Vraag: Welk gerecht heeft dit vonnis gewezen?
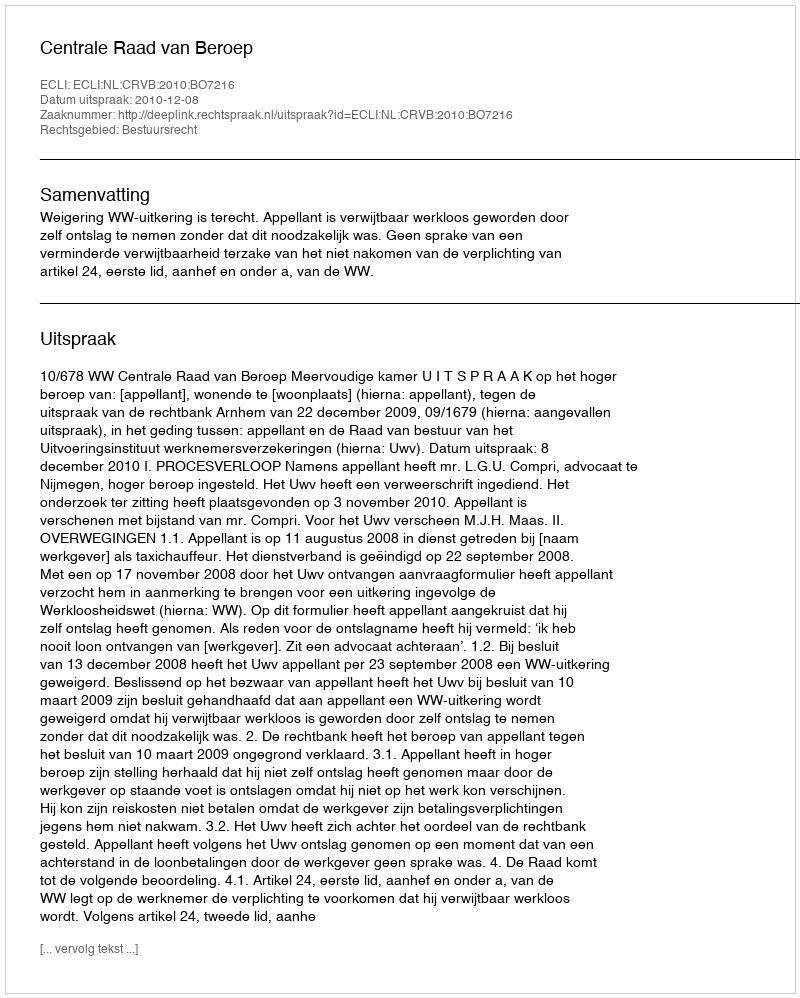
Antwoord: Centrale Raad van Beroep